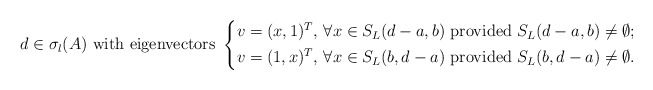
\begin{align*} d\in \sigma_l(A)\mbox{ with eigenvectors }\left\{\begin{aligned}v=(x,1)^T,\, \forall x\in S_L(d-a,b)\mbox{ provided }S_L(d-a,b)\neq \emptyset;\\v=(1,x)^T,\, \forall x\in S_L(b,d-a)\mbox{ provided }S_L(b,d-a)\neq \emptyset.\end{aligned}\right.\end{align*}